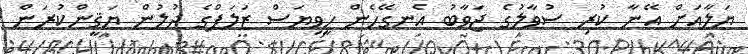
ޔަލާއަށް އޭނާ ކުރި ސުވާލުގެ ޖަވާބު އެނގޭހެން ހީވިޔަސް ޒަލަފްގެ ދުލުން ޔަޤީންކުރަން